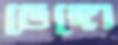
ভেঙ্গো